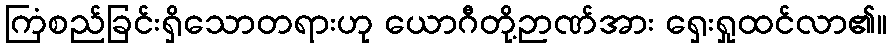
ကြံစည်ခြင်းရှိသောတရားဟု ယောဂီတို့ဉာဏ်အား ရှေးရှုထင်လာ၏။